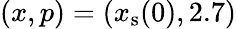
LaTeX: (x,p)=(x_{\mathrm{s}}(0),2.7)